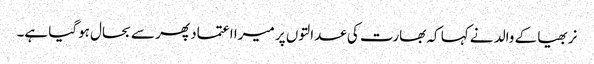
نربھیا کے والد نے کہا کہ بھارت کی عدالتوں پر میرا اعتماد پھر سے بحال ہوگیا ہے۔